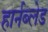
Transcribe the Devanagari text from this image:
हार्नब्लेड